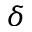
\delta